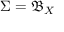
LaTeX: \Sigma = { \mathfrak { B } } _ { X }